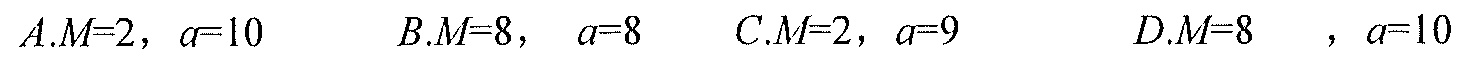
$A.M = 2,\ a = 10\quad B.M = 8,\ a = 8\quad C.M = 2,\ a = 9\quad D.M = 8,\ a = 10$